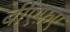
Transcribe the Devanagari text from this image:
बीएफ़ए